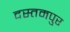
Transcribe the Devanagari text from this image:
दस्तमपुर